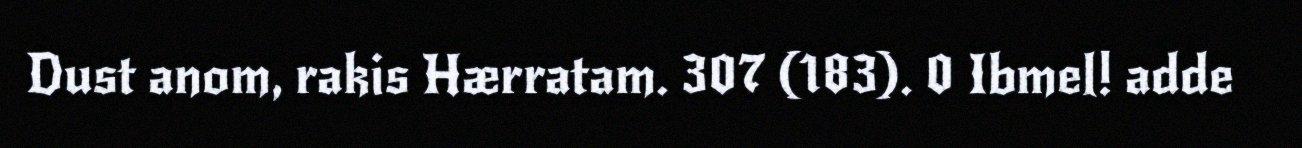
Dust anom, rakis Hærratam. 307 (183). 0 Ibmel! adde